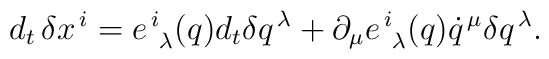
{d _t} \, \delta x^{\,i} = e^{\,i}_{\,\,\,\lambda} ( q )d_t \delta q^{\,\lambda}+ \partial_{\mu} e^{\,i}_{\,\,\,\lambda} ( q ) \dot{q}^{\,\mu} \delta q^{\,\lambda} .